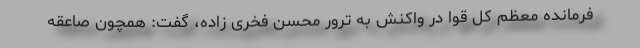
فرمانده معظم کل قوا در واکنش به ترور محسن فخری زاده، گفت: همچون صاعقه